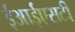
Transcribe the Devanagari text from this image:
ईआईएसटी